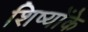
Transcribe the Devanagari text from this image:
शिष्योंके